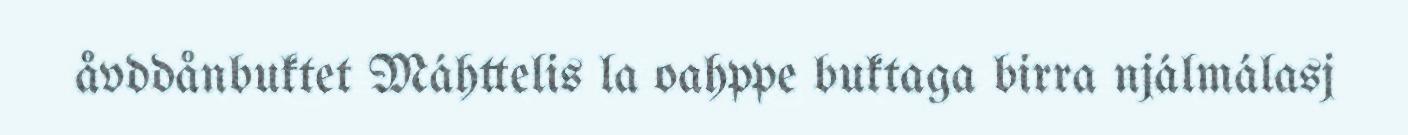
åvddånbuktet Máhttelis la oahppe buktaga birra njálmálasj